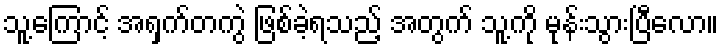
သူ့ကြောင့် အရှက်တကွဲ ဖြစ်ခဲ့ရသည့် အတွက် သူ့ကို မုန်းသွားပြီလော။